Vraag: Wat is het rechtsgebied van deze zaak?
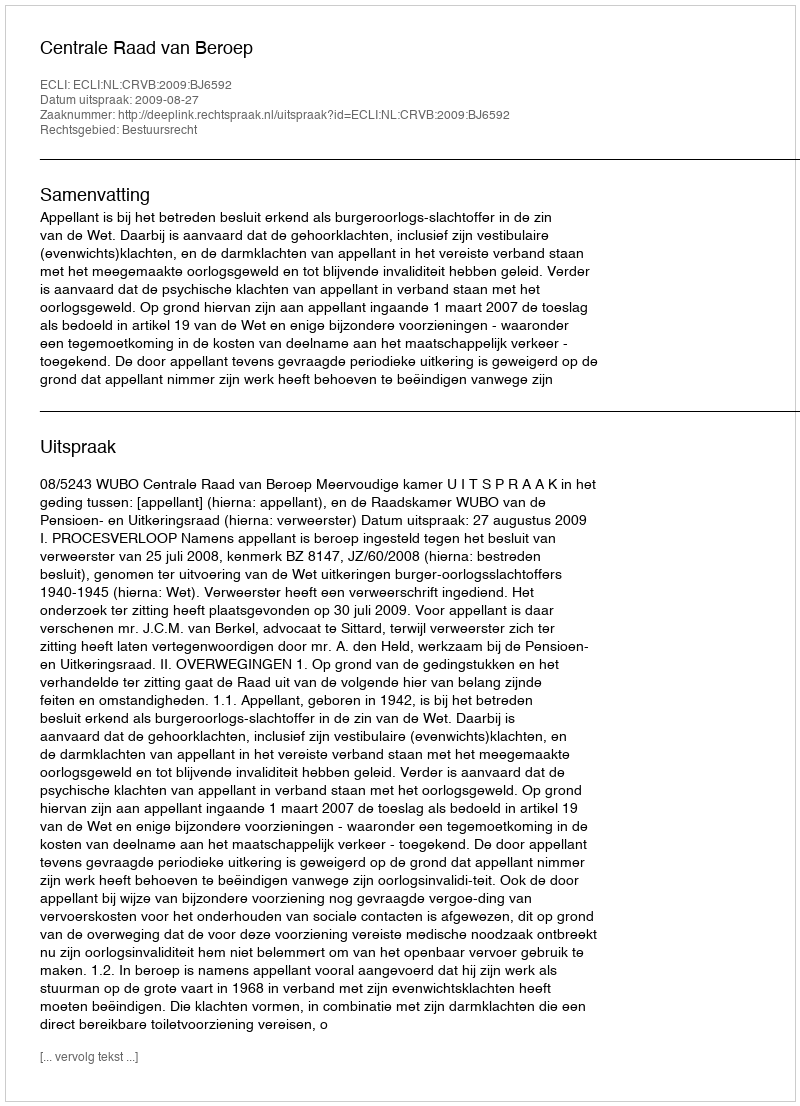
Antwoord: Bestuursrecht